Vaccination in Bombay 1856-1862 - 1856-1862
Year: 1856
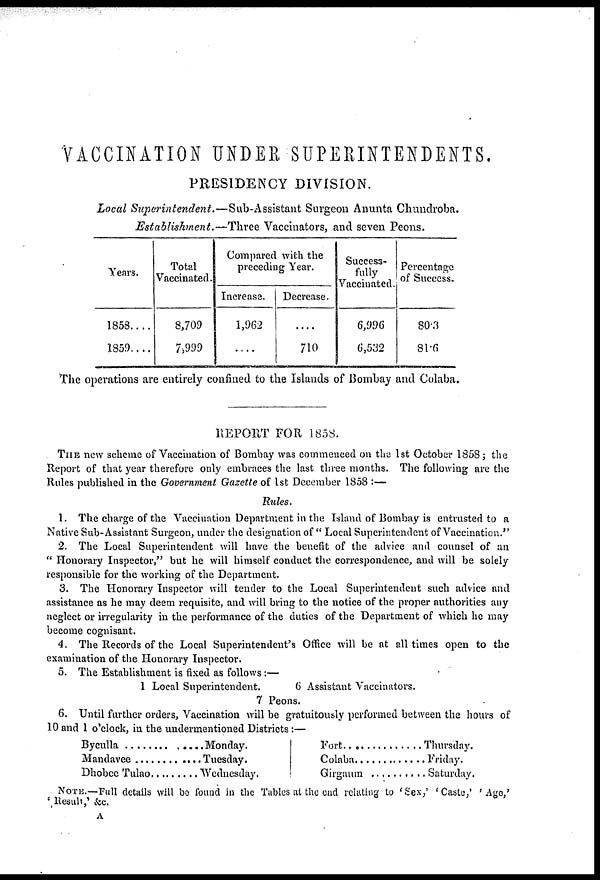
VACCINATION UNDER SUPERINTENDENTS.
PRESIDENCY DIVISION.
Local Superintendent.—Sub-Assistant
Surgeon Anunta Chundroba.
Establishment.—Three
Vaccinators, and seven Peons.
Years.
1858....
1859....
Total
Vaccinated.
8,709
7,999
Compared with the
preceding Year.
Increase.
1,962
....
Decrease.
....
710
Success-
fully
Vaccinated.
6,996
6,532
Percentage
of Success.
80.3
81.6
The operations are entirely confined to the Islands of Bombay and Colaba.
REPORT FOR 1858.
THE new scheme of Vaccination of Bombay was commenced on the 1st October 1858; the
Report of that year therefore only embraces the last three months. The following are the
Rules published in the Government Gazette of 1st December 1858 :—
Rules.
1. The charge of the Vaccination Department in the Island of Bombay is entrusted to a
Native Sub-Assistant Surgeon, under the designation of " Local Superintendent of Vaccination."
2. The Local Superintendent will have the benefit of the advice and counsel of an
" Honorary Inspector," but he will himself conduct the correspondence, and will be solely
responsible for the working of the Department.
3. The Honorary Inspector will tender to the Local Superintendent such advice and
assistance as he may deem requisite, and will bring to the notice of the proper authorities any
neglect or irregularity in the performance of the duties of the Department of which he may
become cognisant.
4. The Records of the Local Superintendent's Office will be at all times open to the
examination of the Honorary Inspector.
5. The Establishment is fixed as follows :—
1 Local Superintendent.
6 Assistant Vaccinators.
7 Peons.
6. Until further orders, Vaccination will be gratuitously performed between the hours of
10 and 1 o'clock, in the undermentioned Districts :—
Byculla . . . . . . . . . . . . .
Mandavee . . . . . . . . . . .
Dhobee Tulao . . . . . . . .
Monday.
Tuesday.
Wednesday.
Fort . . . . . . . . . . . . . . . . .
Colaba . . . . . . . . . . . . . . . .
Girgaum . . . . . . . . . . . . . .
Thursday.
Friday.
Saturday.
NOTE.—Full details will be found in the Tables at the end relating to 'Sex,' 'Caste,' '.Age,'
'Result,' &c.
A